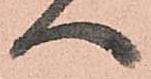
へ